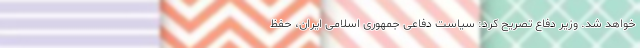
خواهد شد. وزیر دفاع تصریح کرد: سیاست دفاعی جمهوری اسلامی ایران، حفظ